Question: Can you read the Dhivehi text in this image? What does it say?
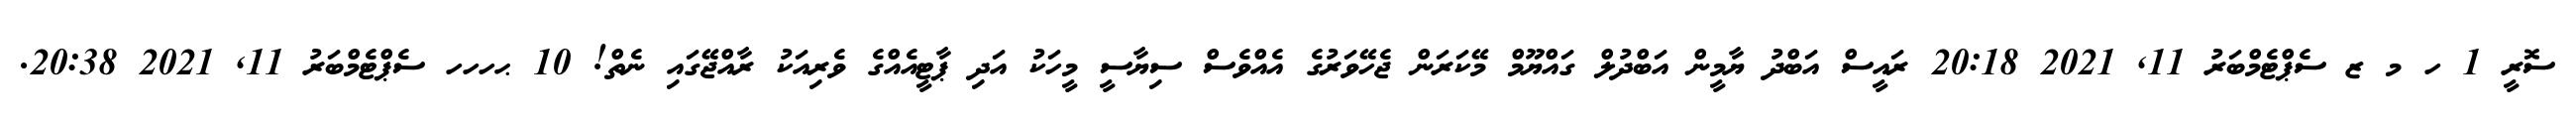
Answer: ސޮރީ 1 ހ މ ޒ ސެޕްޓެމްބަރު 11, 2021 20:18 ރައީސް އަބްދު ޔާމީން އަބްދުލް ގައްޔޫމް މޭކަރަން ޖެހޭވަރުގެ އެއްވެސް ސިޔާސީ މީހަކު އަދި ޕާޓީއެއްގެ ވެރިއަކު ރާއްޖޭގައި ނެތް! 10 ޙހހހ ސެޕްޓެމްބަރު 11, 2021 20:38.